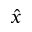
\hat { x }